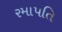
રમાપતિ